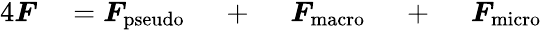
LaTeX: \begin{array}{rlrlrl}{{4}\boldsymbol{F}}&{{}=\boldsymbol{F}_{\mathrm{pseudo}}}&{~+~}&{{}\boldsymbol{F}_{\mathrm{macro}}}&{~+~}&{{}\boldsymbol{F}_{\mathrm{micro}}}\end{array}